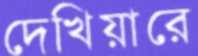
দেখিয়ারে